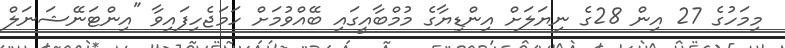
މިމަހުގެ 27 އިން 28ގެ ނިޔަލަށް އިންޑިޔާގެ މުމްބާއީގައި ބޭއްވުމަށް ހަމަޖެހިފައިވާ "އިންޓަނޭޝަނަލް